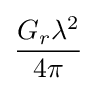
{G_{r}\lambda ^{2}} \over {4\pi }